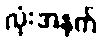
လုံးအနက်